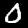
Label: 0